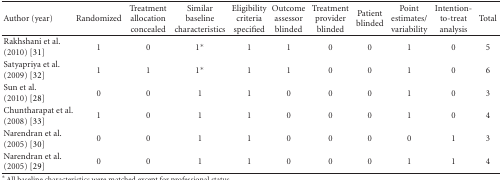
<table><thead><tr><td><b>Author (year)</b></td><td><b>Randomized</b></td><td><b>Treatment allocation concealed</b></td><td><b>Similar baseline characteristics</b></td><td><b>Eligibility criteria specified</b></td><td><b>Outcome assessor blinded</b></td><td><b>Treatment provider blinded</b></td><td><b>Patient blinded</b></td><td><b>Point estimates/variability</b></td><td><b>Intention-to-treat analysis</b></td><td><b>Total</b></td></tr></thead><tbody><tr><td>Rakhshani et al.(2010) [31]</td><td>1</td><td>0</td><td>1<sup>∗</sup></td><td>1</td><td>1</td><td>0</td><td>0</td><td>1</td><td>0</td><td>5</td></tr><tr><td>Satyapriya et al.(2009) [32]</td><td>1</td><td>1</td><td>1<sup>∗</sup></td><td>1</td><td>1</td><td>0</td><td>0</td><td>1</td><td>0</td><td>6</td></tr><tr><td>Sun et al.(2010) [28]</td><td>0</td><td>0</td><td>1</td><td>1</td><td>0</td><td>0</td><td>0</td><td>1</td><td>0</td><td>3</td></tr><tr><td>Chuntharapat et al.(2008) [33]</td><td>1</td><td>0</td><td>1</td><td>1</td><td>0</td><td>0</td><td>0</td><td>1</td><td>0</td><td>4</td></tr><tr><td>Narendran et al.(2005) [30]</td><td>0</td><td>0</td><td>1</td><td>1</td><td>0</td><td>0</td><td>0</td><td>0</td><td>1</td><td>3</td></tr><tr><td>Narendran et al.(2005) [29]</td><td>0</td><td>0</td><td>1</td><td>1</td><td>0</td><td>0</td><td>0</td><td>1</td><td>1</td><td>4</td></tr></tbody></table>